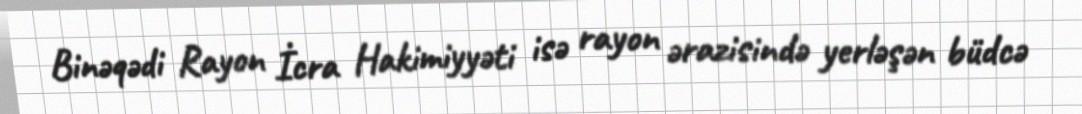
Binəqədi Rayon İcra Hakimiyyəti isə rayon ərazisində yerləşən büdcə